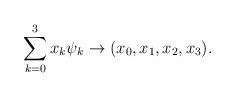
LaTeX: \begin{align*} \sum_{k=0}^3 x_k\psi_k \rightarrow (x_0,x_1,x_2,x_3).\end{align*}